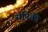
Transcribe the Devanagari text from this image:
सनिकी